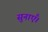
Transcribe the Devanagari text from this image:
सुनाएँ।